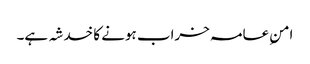
امنِ عامہ خراب ہونے کا خدشہ ہے۔